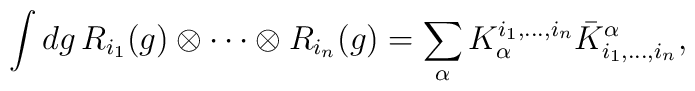
\int dg \, R_{i_1}(g)\otimes \cdots \otimes R_{i_n}(g)= \sum_\alpha  K_\alpha ^{i_1,\ldots,i_n} {\bar{K}^\alpha}_{i_1,\ldots,i_n},